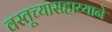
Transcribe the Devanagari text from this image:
वस्तूच्यासहाय्याने